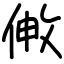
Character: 敒